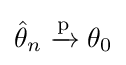
{\textstyle {\hat {\theta }}_{n}\xrightarrow {\text{p}} \theta _{0}}